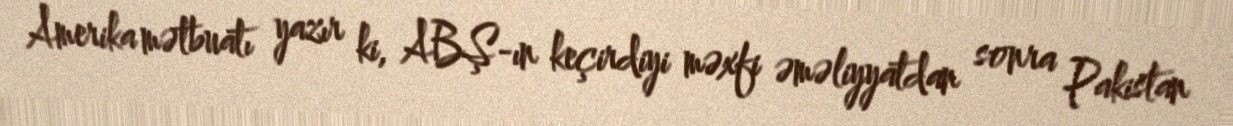
Amerika mətbuatı yazır ki, ABŞ-ın keçirdiyi məxfi əməliyyatdan sonra Pakistan